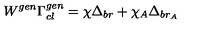
W ^ { g e n } \Gamma _ { c l } ^ { g e n } = \chi \Delta _ { b r } + \chi _ { A } \Delta _ { b r _ { A } }